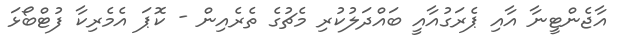
އާޖެންޓީނާ އާއި ޕެރަގުއާއީ ބައްދަލުކުރި މެޗުގެ ތެރެއިން - ކޮޕަ އެމެރިކާ ފުޓްބޯޅަ